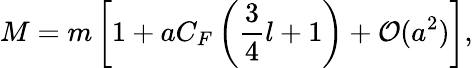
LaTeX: M=m\left[1+aC_{F}\left({\frac{3}{4}}l+1\right)+{\cal O}(a^{2})\right],